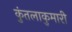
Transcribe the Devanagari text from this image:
कुंतलाकुमारी